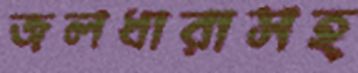
জলধারাসহ